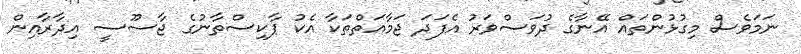
ނަމަވެސް މިގުޅުންތައް އޭނާގެ ދުވަސްވަރު އެފަދަ ޖަމާއަތްތަކާ އެކު ޕާކިސްތާނުގެ ޖާސޫސީ އިދާރާއިން